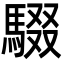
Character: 䮕